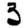
Digit: 3